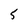
Character: 5